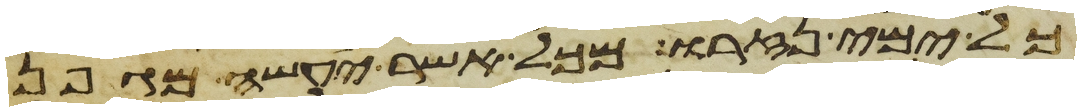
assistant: כל ימי נזרו מכל אשר יעשה מגפן